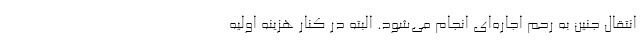
انتقال جنین به رحم اجاره‌ای انجام می‌شود. البته در کنار هزینه اولیه